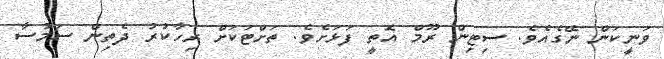
ވަނީކަން ނޭގެއެވެ. ސިޓިން ރޫމް އޮތީ ފަޅަށެވެ. ތަށްޓަކަށް ރިހާކުރު ދެތިން ސަމުސާ